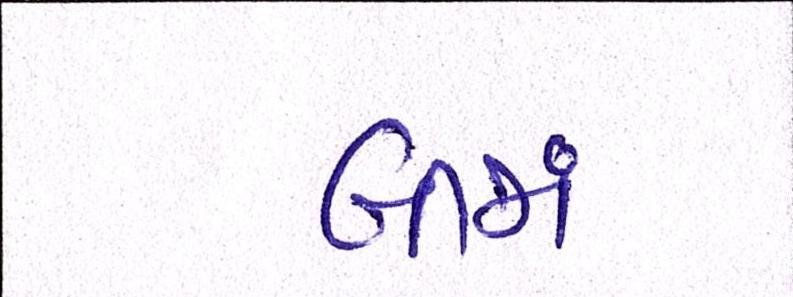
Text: બીજાં